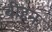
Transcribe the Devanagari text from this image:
बीहन